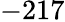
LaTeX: -217